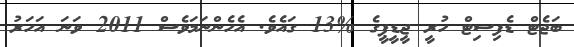
ބަޖެޓް ޑެފިސިޓް ހުރީ ޖީޑީޕީގެ %13 ގައެވެ. އެހެންނަމަވެސް 2011 ވަނަ އަހަރު